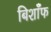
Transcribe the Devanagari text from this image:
बिशाँफ